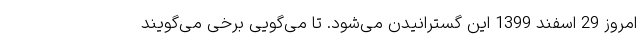
امروز 29 اسفند 1399 این گسترانیدن می‌شود. تا می‌گویی برخی می‌گویند